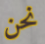
نحن